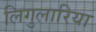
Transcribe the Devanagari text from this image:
लिगुलारिया